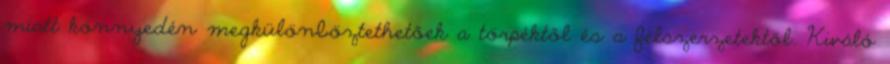
miatt könnyedén megkülönböztethetőek a törpéktől és a félszerzetektől. Kiváló